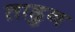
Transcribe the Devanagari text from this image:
ताडुन